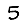
Digit: 5